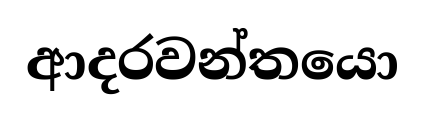
ආදරවන්තයො